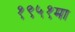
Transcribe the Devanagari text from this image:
१९५१मा